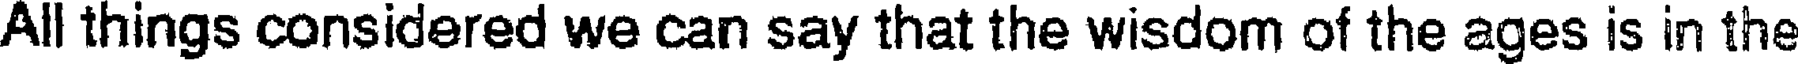
All things considered we can say that the wisdom of the ages is in the